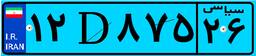
۱۲D۸۷۵۲۶